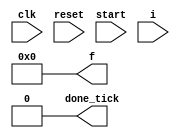
`timescale 1ns / 1ps
//////////////////////////////////////////////////////////////////////////////////
// Company: 
// Engineer: 
// 
// Design Name: 
// Module Name:    babbage 
// Project Name: 
// Target Devices: 
// Tool versions: 
// Description: 
//
// Dependencies: 
//
// Revision: 
// Revision 0.01 - File Created
// Additional Comments: 
//
//////////////////////////////////////////////////////////////////////////////////
module babbage(
	input clk, reset,
	input start,
	input [3:0] i,
	output reg done_tick,
	output reg [3:0] f
	);

	// Symbolic state declaration
	localparam	[1:0] 
		idle 	= 2'b00,
		op 		= 2'b01,
		done 	= 2'b10;

	// Signal declaration
	reg state_reg, state_next;
	reg fn, fn_next;
	reg gn, gn_next;
	reg n, n_next;
	reg ready;
	
	// FSMD state and data registers
	always @(posedge clk, posedge reset) begin
		if (reset) begin
			state_reg <= idle;
			n 	<= 0;
			fn 	<= 0;
			gn	<= 0;
		end	else begin
			state_reg <= state_next;
			n 	<= n_next;
			fn 	<= fn_next;
			gn	<= gn_next;
		end
	end
	
	// FSMD next-state logic
	always @(*) begin
		state_next 	= state_reg;
		n_next 		= n;
		fn_next 	= fn;
		gn_next		= gn;
		done_tick 	= 0;
		ready		= 0;
		f 			= 0;

		case (state_reg)
			idle:
				begin
					ready = 1'b0;
					if (start) begin
						n_next = i;
						fn_next = 5;
						gn_next = 5;
						state_next = op;
					end
				end
			op:
				if (n == 0) begin
					fn_next = fn;
					state_next = done;
				end else if (n == 1) begin
					n_next 	= n - 1;
					fn_next = fn + gn_next;
					gn_next = 5;
					state_next = op;
				end	else begin
					n_next = n - 1;
					fn_next = fn + gn_next;
					gn_next = gn + 4;
					state_next = op;
				end
			done:
				begin
					done_tick = 1'b1;
					f = fn;
					ready = 1'b1;
					state_next = (start) ? done : idle;
				end
			default: state_next = idle;	
		endcase 
	end

endmodule